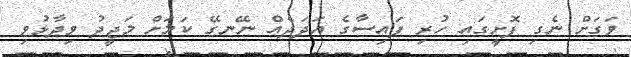
ވަގަށް ނެގި ފޮށީގައި ހުރި ފައިސާގެ އަދަދެއް ނޭނގޭ ކަމަށް މަޖީދު ވިދާޅުވި